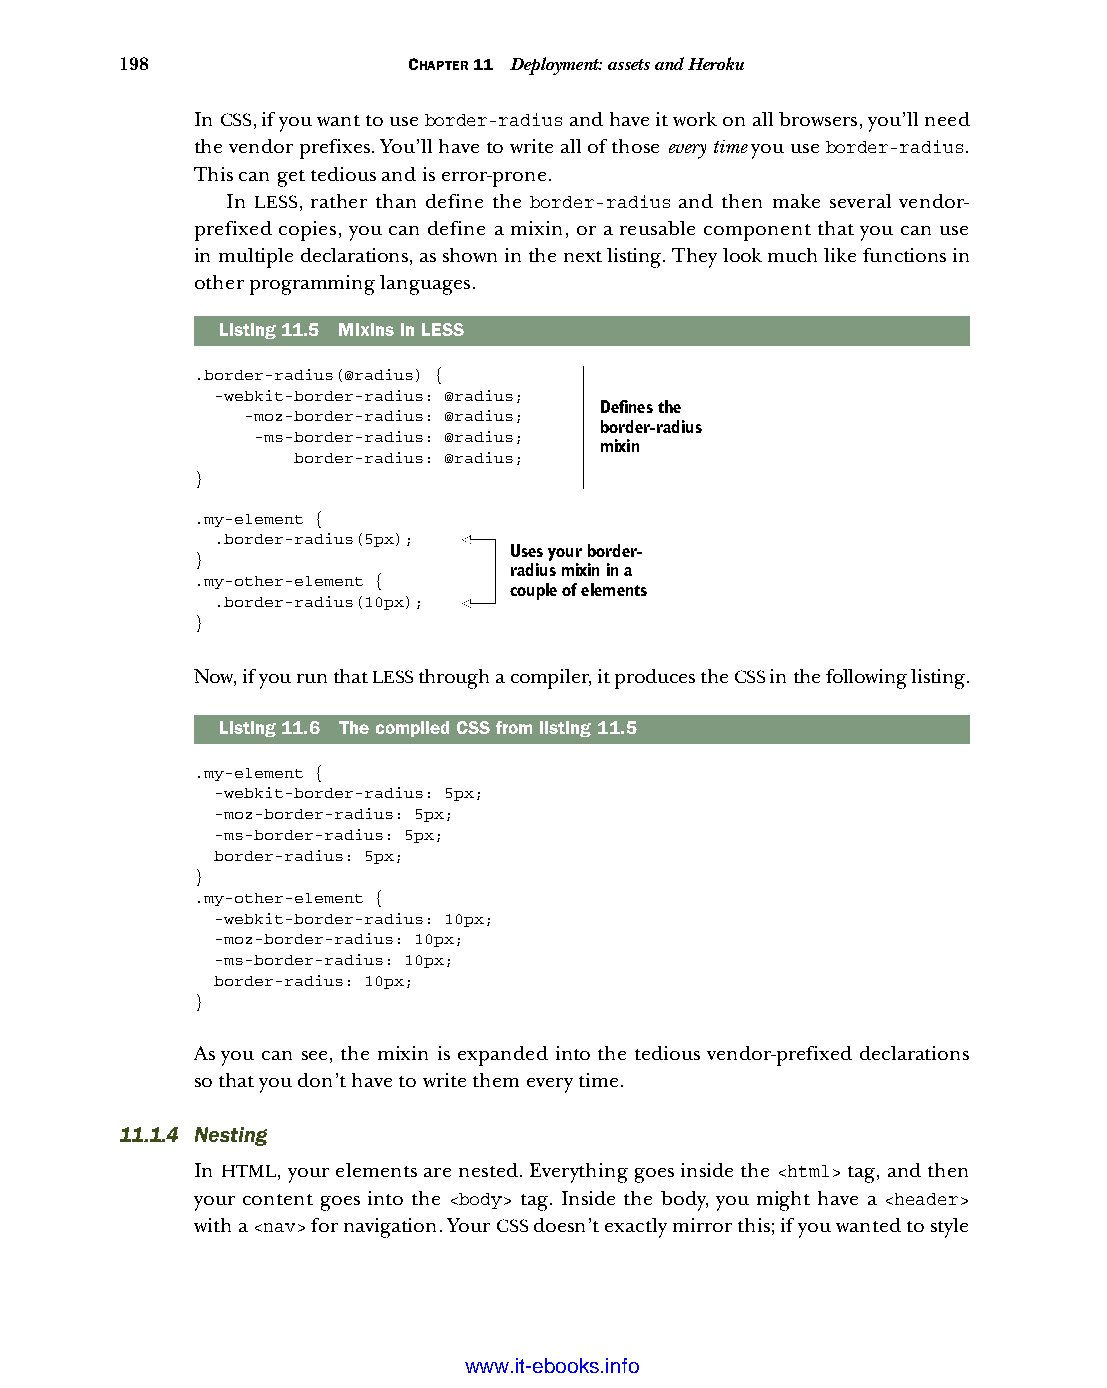
198                CHAPTER 11 Deployment: assets and Heroku
 In CSS, if you want to use border-radius and have it work on all browsers, you’ll need
 the vendor prefixes. You’ll have to write all of those every time you use border-radius.
 This can get tedious and is error-prone.
 In LESS, rather than define the border-radius and then make several vendor-
 prefixed copies, you can define a mixin, or a reusable component that you can use
 in multiple declarations, as shown in the next listing. They look much like functions in
 other programming languages.
 Listing11.5 Mixins in LESS
 .border-radius(@radius) {
 -webkit-border-radius: @radius;
 Defines the
 -moz-border-radius: @radius;
 border-radius
 -ms-border-radius: @radius;
 mixin
 border-radius: @radius;
 }
 .my-element {
 .border-radius(5px);
 Uses your border-
 }
 radius mixin in a
 .my-other-element {
 couple of elements
 .border-radius(10px);
 }
 Now, if you run that LESS through a compiler, it produces the CSS in the following listing.
 Listing11.6 The compiled CSS from listing 11.5
 .my-element {
 -webkit-border-radius: 5px;
 -moz-border-radius: 5px;
 -ms-border-radius: 5px;
 border-radius: 5px;
 }
 .my-other-element {
 -webkit-border-radius: 10px;
 -moz-border-radius: 10px;
 -ms-border-radius: 10px;
 border-radius: 10px;
 }
 As you can see, the mixin is expanded into the tedious vendor-prefixed declarations
 so that you don’t have to write them every time.
 11.1.4 Nesting
 In HTML, your elements are nested. Everything goes inside the <html> tag, and then
 your content goes into the <body> tag. Inside the body, you might have a <header>
 with a <nav> for navigation. Your CSS doesn’t exactly mirror this; if you wanted to style
 Licensed wtow w <.mit-ielebro.8o8k8s@.ingfomail.com>